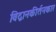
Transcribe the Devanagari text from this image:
विद्वानकीर्तनकार